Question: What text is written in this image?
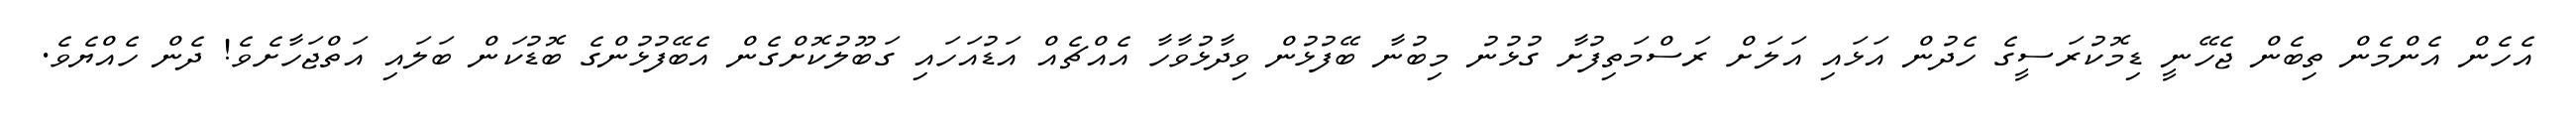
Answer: އެހެން އެންމެން ތިބެން ޖެހޭނީ ޑިމޮކުރަސީގެ ހެދުން އަޅައި އަލަށް ރަސްމަތިފުށާ ގުޅުނު މިބުނާ ބޭފުޅުން ވިދާޅުވާހާ އެއްޗެއް އަޑުއަހައި ގަބޫލުކޮށްގެން އެބޭފުޅުންގެ ބޮޑުކަން ބަލައި އަތްޖަހާށެވެ! ދެން ހެއްޔެވެ.